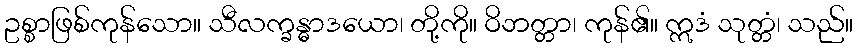
ဥစ္စာဖြစ်ကုန်သော။ သီလက္ခန္ဓာဒယော၊ တို့ကို။ ဝိဘတ္တာ၊ ကုန်၏။ ဣဒံ သုတ္တံ၊ သည်။